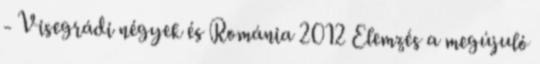
- Visegrádi négyek és Románia 2012 Elemzés a megújuló